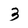
Character: 3